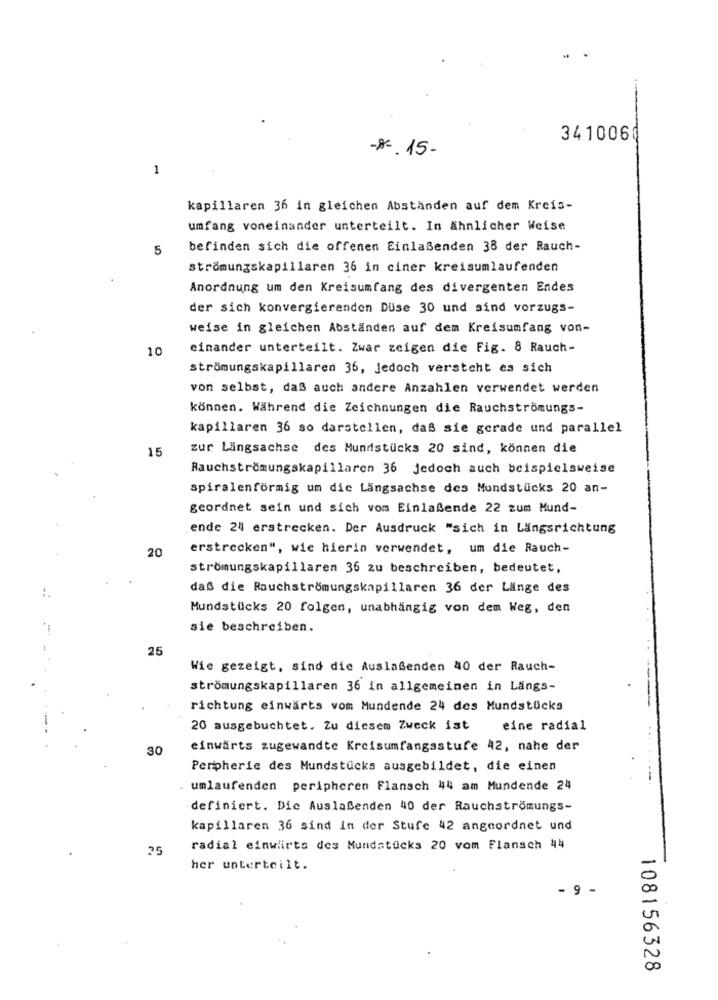
3410060
-A -. 15-
1
kapillaren 36 in gleichen Abständen auf dem Kreis-
umfang voneinander unterteilt. In ähnlicher Weise
5
befinden sich die offenen Einlaßenden 38 der Rauch-
strömungskapillaren 36 in ciner kreisumlaufenden
Anordnung um den Kreisumfang des divergenten Endes
der sich konvergierenden Duse 30 und sind vorzugs-
weise in gleichen Abständen auf dem Kreisumfang von-
10
einander unterteilt. Zwar zeigen die Fig. 8 Rauch-
strömungskapillaren 36, jedoch versteht es sich
von selbst, daß auch andere Anzahlen verwendet werden
können. Während die Zeichnungen die Rauchströmungs-
kapillaren 36 so darstellen, daß sie gerade und parallel
15
zur Längsachse des Mundstücks 20 sind, können die
Rauchströmungskapillaren 36 jedoch auch beispielsweise
spiralenförmig um die Längsachse des Mundstücks 20 an-
geordnet sein und sich vom Einlaßende 22 zum Mund-
ende 24 erstrecken. Der Ausdruck "sich in Längsrichtung
20
erstrecken", wie hierin verwendet, um die Rauch-
strömungskapillaren 36 zu beschreiben, bedeutet,
daß die Rauchströmungskapillaren 36 der Länge des
Mundstücks 20 folgen, unabhängig von dem Weg, den
sie beschreiben.
25
Wie gezeigt, sind die Auslaßenden 40 der Rauch-
strömungskapillaren 36 in allgemeinen in Längs-
richtung einwärts vom Mundende 24 des Mundstücks
20 ausgebuchtet. Zu diesem Zweck ist
eine radial
30
einwärts zugewandte Kreisumfangsstufe 42, nahe der
Peripherie des Mundstücks ausgebildet, die einen
umlaufenden peripheren Flansch 44 am Mundende 24
definiert. Die Auslaßenden 40 der Rauchströmungs-
kapillaren 36 sind In der Stufe 42 angeordnet und
25
radial einwirts des Mundstücks 20 vom Flansch 44
her unterteilt.
- 9 -
108156328